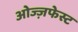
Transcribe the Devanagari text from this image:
ओज्ज़फेस्ट